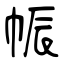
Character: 帪